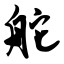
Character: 舵